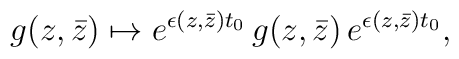
g(z,\bar z)\mapsto e^{\epsilon(z,\bar z)t_0}\,g(z,\bar z)\,e^{\epsilon(z,\bar z)t_0},